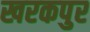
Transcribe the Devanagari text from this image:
खरकपुर